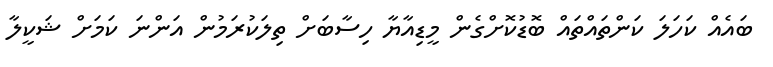
ބައެއް ކަހަލަ ކަންތައްތައް ބޮޑުކޮށްގެން މީޑިއާޔާ ހިސާބަށް ތިލަކުރަމުން އަންނަ ކަމަށް ޝަކީލާ